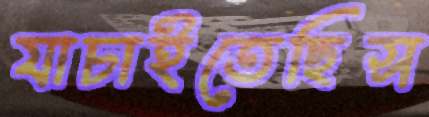
যাচাইতেছিস